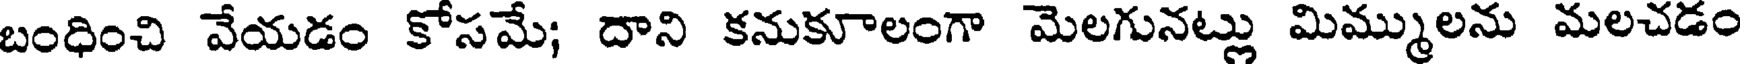
బంధించి వేయడం కోసమే; దాని కనుకూలంగా మెలగునట్లు మిమ్ములను మలచడం